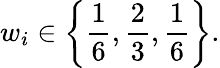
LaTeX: w_{i}\in\left\{ \frac{1}{6},\frac{2}{3},\frac{1}{6}\right\} .